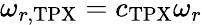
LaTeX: \omega_{r,\mathrm{TPX}}=c_{\mathrm{TPX}}\omega_{r}